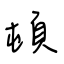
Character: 頓